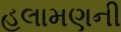
હલામણની